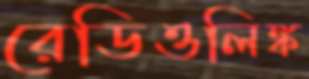
রেডিওলিঙ্ক